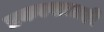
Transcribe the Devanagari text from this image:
प्रकल्पालाही